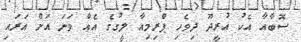
ސޮބާއާ އެކު އުރީދޫ ދިވެހި ޕްރިމިއާ ލީގުގެ އެއް ވަނަ އަށް އަރައި